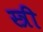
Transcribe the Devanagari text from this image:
स्त्री